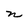
Character: n